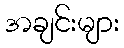
အချင်းများ